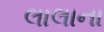
લાલાના